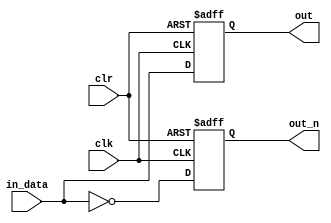
module asynchro(clk, clr, in_data, out, out_n);
	input clk, clr, in_data;
	output reg out, out_n;
	
	always @(posedge clk or posedge clr)
		if(clr)
		begin
			out <= 0;
			out_n <= 1;
		end
		else
		begin
			out <= in_data;
			out_n <= ~in_data;
		end
endmodule